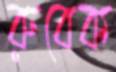
রুবেক